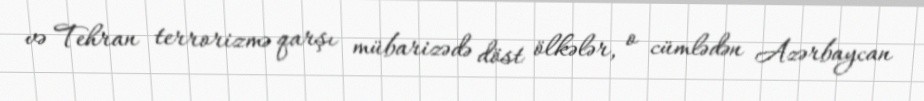
və Tehran terrorizmə qarşı mübarizədə döst ölkələr, o cümlədən Azərbaycan